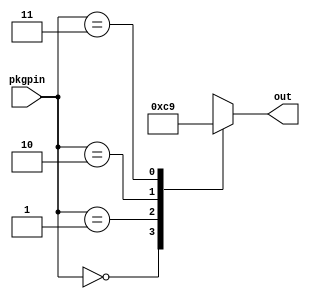
// toggle3pos.v - 3-pos'n toggle input w/ pullup and translation to binary
// 04-19-21 E. Brombaugh

// NOTE: this assumes pullups on the 2 input pins - either in HW or via
// the PCF file using the syntax:
// set_io -pullup yes name number

`default_nettype none

module toggle3pos(
    input [1:0] pkgpin,	// raw pin input
	output reg [1:0] out
);
	always @(*)
		case(pkgpin)
			2'b00: out = 2'b11;		// can't happen
			2'b01: out = 2'b00;		// top
			2'b10: out = 2'b10;		// bottom
			2'b11: out = 2'b01;		// center
		endcase
endmodule